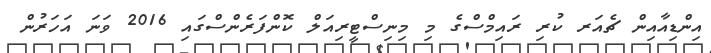
އިންޑިއާއިން ޗެއަރ ކުރި ރައިމްސްގެ މި މިނިސްޓީރިއަލް ކޮންފަރެންސްގައި 2016 ވަނަ އަހަރުން